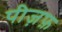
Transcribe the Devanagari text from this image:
पीज़फ़